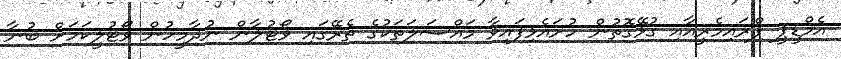
އެމްޑީޕީ ޕްރައިމެރީއާއި ގުޅޭގޮތުން ހުށައެޅިފައިވާ މައްސަލަތަކުގެ ތެރޭގައި ވޯޓުލާން ނުދާމީހުން ވޯޓުލީކަމަށް ބުނާ